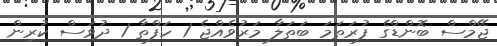
ޖޭމްސް ބޮންޑްގެ ފުރަތަމަ ބަތަލާ މަރުވެއްޖެ 1 ހަފްތާ 1 ދުވަސް ކުރިން